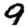
Digit: 9